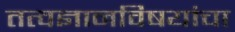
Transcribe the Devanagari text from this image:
तत्वज्ञानविषयांचा